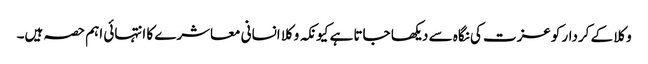
وکلا کے کردار کوعزت کی نگاہ سے دیکھا جاتا ہے کیونکہ وکلا انسانی معاشرے کا انتہائی اہم حصہ ہیں۔